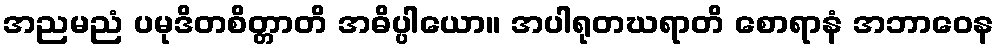
အညမညံ ပမုဒိတစိတ္တာတိ အဓိပ္ပါယော။ အပါရုတဃရာတိ စောရာနံ အဘာဝေန